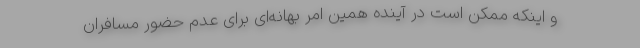
و اینکه ممکن است در آینده همین امر بهانه‌ای برای عدم حضور مسافران